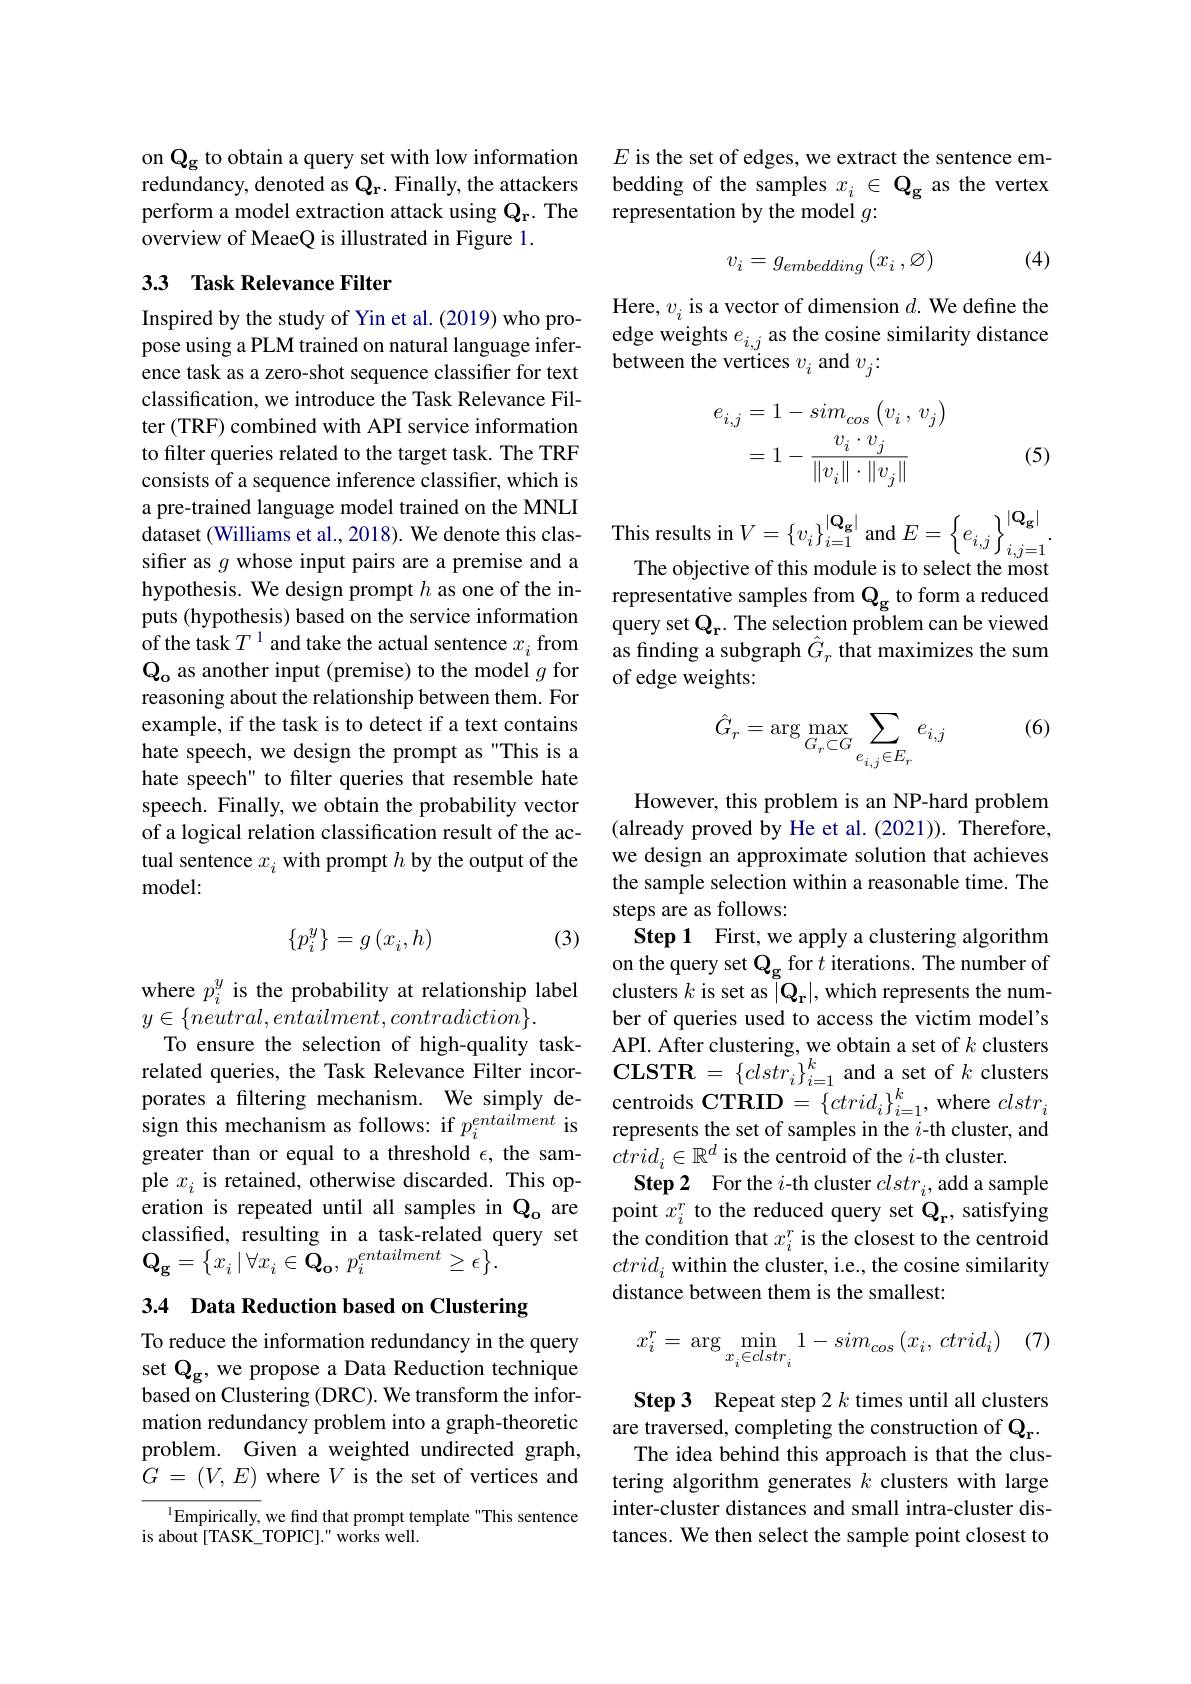
on Qg to obtain a query set with low information redundancy, denoted as Qr. Finally, the attackers perform a model extraction attack using Qr. The overview of MeaeQ is illustrated in Figure 1.

## 3.3 Task Relevance Filter

Inspired by the study of Yin et al. (2019) who propose using a PLM trained on natural language inference task as a zero-shot sequence classifier for text classification, we introduce the Task Relevance Filter (TRF) combined with API service information to filter queries related to the target task. The TRF consists of a sequence inference classiffer, which is a pre-trained language model trained on the MNLI sifier as $g$ whose input pairs are a premise and a hypothesis. We design prompt $h$ as one of the inputs (hypothesis) based on the service information of the task $T^1$ and take the actual sentence $x_i$ from $\mathbf{Q_o}$ as another input (premise) to the model $g$ for reasoning about the relationship between them. For example, if the task is to detect if a text contains hate speech, we design the prompt as"This is a hate speech" to filter queries that resemble hate speech. Finally, we obtain the probability vector of a logical relation classification result of the actual sentence $x_i$ with prompt $h$ by the output of the model:

(3)
$$\{p_i^y\}=g\left(x_i,h\right)$$
where $p_i^y$ is the probability at relationship label
$y\in\{neutral,entailment,contradiction\}.$
To ensure the selection of high-quality taskgreater than or equal to a threshold $\epsilon$, the sample $x_i$ is retained, otherwise discarded. This operation is repeated until all samples in $\mathbf{Q_{o}}$ are classifed, resulting in a task-related query set $\mathbf{Q}_{\mathbf{g}}=\left\{x_{i}\mid\forall x_{i}\in\mathbf{Q}_{\mathbf{o}},p_{i}^{entailment}\geq\epsilon\right\}.$

3.4 Data Reduction based on Clustering

To reduce the information redundancy in the query set $\mathbf{Q_{g},weproposeaDataReduction~technique}$ based on Clustering (DRC). We transform the information redundancy problem into a graph-theoretic problem. Given a weighted undirected graph, $G$ = $( V$, $E)$ where $V$ is the set of vertices and

$^{1}$Empirically, we find that prompt template "This sentence
is about [TASK\_TOPIC]." works well.

$E$ is the set of edges, we extract the sentence embedding of the samples $x_i\in\mathbf{Q}_{\mathbf{g}}$ as the vertex representation by the model $g:$

(4)
$$v_i=g_{embedding}\left(x_i\:,\varnothing\right)$$
Here, $v_i$ is a vector of dimension $d.$ We define the edge weights $e_{i,j}$ as the cosine similarity distance between the vertices $v_i$ and $v_j:$
$$\begin{aligned}e_{i,j}&=1-sim_{cos}\left(v_{i}\:,\:v_{j}\right)\\&=1-\frac{v_i\cdot v_j}{\|v_i\|\cdot\|v_j\|}\end{aligned}$$
(5)

a pre-u anlleu raliguage nioue u anieu on ule wivel dataset (Williams et al., 2018). We denote this clas- This results in $V=\{v_i\}_{i=1}^{|\mathbf{Q}_{\mathbf{g}}|}$ and $E=\left\{e_{i,j}\right\}_{i,j=1}^{|\mathbf{Q}_{\mathbf{g}}|}$
The objective of this module is to select the most representative samples from $\mathbf{Q_g}$ to form a reduced query set $\mathbf{Q_r.}$ The selection problem can be viewed as finding a subgraph $\hat{G}_{r}$ that maximizes the sum of edge weights:

(6)
$$\hat{G}_r=\arg\max_{G_r\subset G}\sum_{e_{i,j}\in E_r}e_{i,j}$$
However, this problem is an NP-hard problem (already proved by He et al.(2021)). Therefore, we design an approximate solution that achieves the sample selection within a reasonable time. The steps are as follows:
Step 1 First, we apply a clustering algorithm on the query set $\mathbf{Q_g}$ for $t$ iterations. The number of clusters $k$ is set as $|\mathbf{Q_r}|$, which represents the number of queries used to access the victim model's API. After clustering, we obtain a set of $k$ clusters
related queries, the Task Relevance Filter incor- $\mathbf{CLSTR}=\left\{clstr_{i}\right\}_{i=1}^{k}$ and a set of $k$ clusters porates a filtering mechanism. We simply de- centroids $\mathbf{CTRID}=\{ctrid_{i}\}_{i=1}^{k}$, where $clstr_i$ sign this mechanism as follows: if $p_i^{entailment}$ is represents the set of samples in the $i$-th cluster, and
$\bar{ctrid}_i\in\mathbb{R}^d$ is the centroid of the $i$-th cluster.
Step 2 For the $i$-th cluster $clstr_i$, add a sample point $x_i^r$ to the reduced query set $\mathbf{Q_r}$, satisfying the condition that $x_i^r$ is the closest to the centroid $ctrid_{i}$ within the cluster, i.e., the cosine similarity distance between them is the smallest:

(7)
$$x_i^r=\arg\min_{x_i\in clstr_i}1-sim_{cos}\left(x_i,\:ctrid_i\right)$$
Step 3 Repeat step 2 k times until all clusters are traversed, completing the construction of Qr.
The idea behind this approach is that the clustering algorithm generates $k$ clusters with large inter-cluster distances and small intra-cluster distances. We then select the sample point closest to